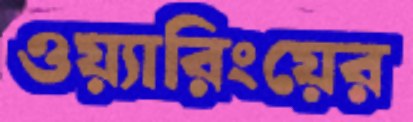
ওয়্যারিংয়ের